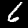
Label: 6